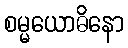
စမ္မယောဓိနော